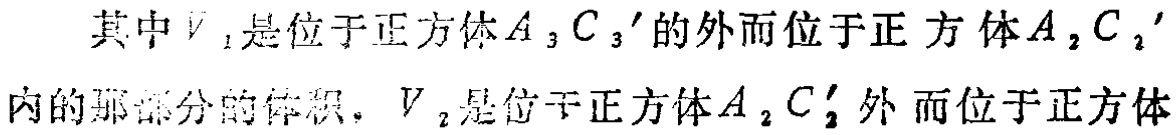
其中$V_{1}$是位于正方体$A_{3}C_{3}'$的外而位于正方体$A_{2}C_{2}'$内的那部分的体积，$V_{2}$是位于正方体$A_{2}C_{2}'$外而位于正方体